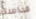
قداسة